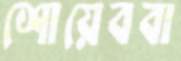
শোয়েববা